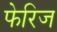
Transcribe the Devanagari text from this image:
फेरिज